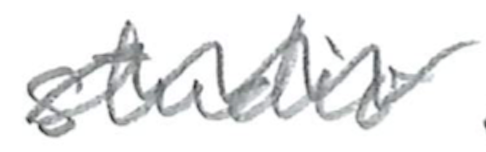
Text: studio
Cross-out: wave
Writing tool: pencil